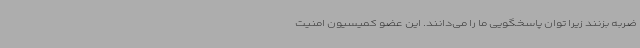
ضربه بزنند زیرا توان پاسخگویی ما را می‌دانند. این عضو کمیسیون امنیت